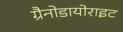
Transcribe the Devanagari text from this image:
ग्रैनोडायोराइट